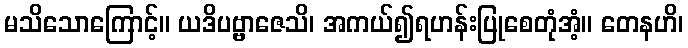
မသိသောကြောင့်။ ယဒိပဗ္ဗာဇေသိ၊ အကယ်၍ရဟန်းပြုစေတုံအံ့။ တေနဟိ၊